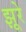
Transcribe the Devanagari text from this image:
झूरे